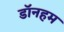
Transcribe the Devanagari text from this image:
डॉनहम